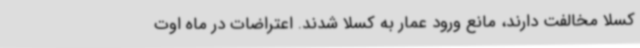
کسلا مخالفت دارند، مانع ورود عمار به کسلا شدند. اعتراضات در ماه اوت